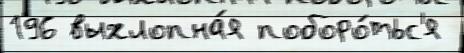
196 выхлопна́я поборо́тьс'я